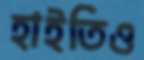
হাইতিও